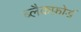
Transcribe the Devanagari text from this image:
ब्लैकफ़ोर्ड